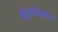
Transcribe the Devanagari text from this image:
मुंडनसंस्कार